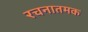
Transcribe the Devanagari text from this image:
रचनातमक